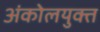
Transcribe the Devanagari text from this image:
अंकोलयुक्त